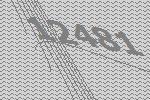
12481